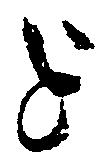
を